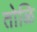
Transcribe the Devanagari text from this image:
तोळि